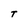
Character: T